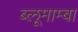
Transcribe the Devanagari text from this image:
ब्लूमाम्बा